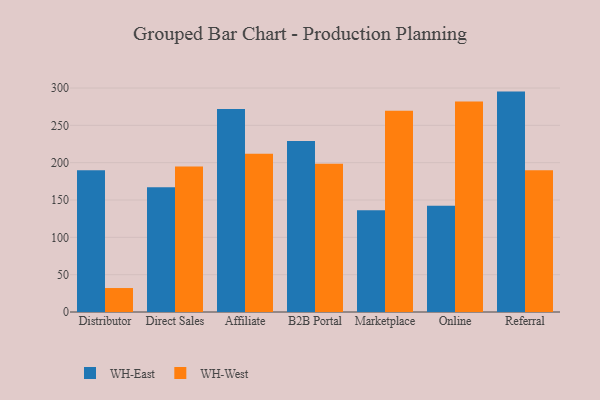
{"axis": {"x": "Channel", "y": "Satisfaction Score"}, "legend": ["WH-East", "WH-West"], "data": [{"x": "Distributor", "y": 190.0, "type": "WH-East"}, {"x": "Distributor", "y": 32.1, "type": "WH-West"}, {"x": "Direct Sales", "y": 167.0, "type": "WH-East"}, {"x": "Direct Sales", "y": 194.8, "type": "WH-West"}, {"x": "Affiliate", "y": 271.8, "type": "WH-East"}, {"x": "Affiliate", "y": 212.1, "type": "WH-West"}, {"x": "B2B Portal", "y": 229.2, "type": "WH-East"}, {"x": "B2B Portal", "y": 198.6, "type": "WH-West"}, {"x": "Marketplace", "y": 136.3, "type": "WH-East"}, {"x": "Marketplace", "y": 269.4, "type": "WH-West"}, {"x": "Online", "y": 142.2, "type": "WH-East"}, {"x": "Online", "y": 282.1, "type": "WH-West"}, {"x": "Referral", "y": 295.2, "type": "WH-East"}, {"x": "Referral", "y": 189.9, "type": "WH-West"}]}